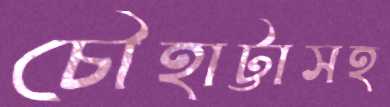
চৌহাট্টাসহ